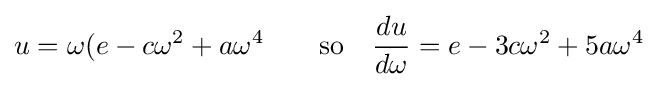
u=\omega (e-c\omega ^{2}+a\omega ^{4}\qquad {\text{so}}\quad {\frac {du}{d\omega }}=e-3c\omega ^{2}+5a\omega ^{4}